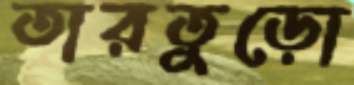
তারতুড়ো